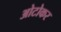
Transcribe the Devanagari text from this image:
ओटोकर